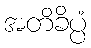
အတိခိပ္ပံ